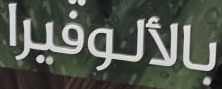
بالألوفيرا